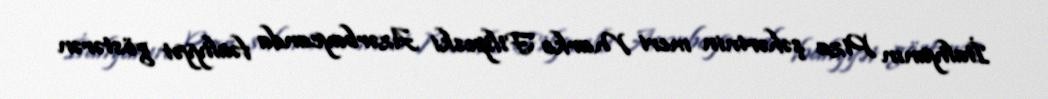
İtaliyanın Piza şəhərinin meri Marko Filipeski Azərbaycanda fəaliyyət göstərən